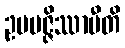
ဥပပဇ္ဇိဿာမီတိ